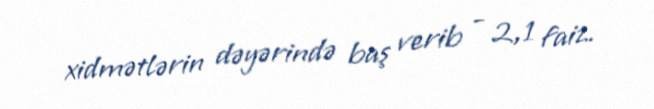
xidmətlərin dəyərində baş verib - 2,1 faiz.